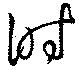
時